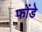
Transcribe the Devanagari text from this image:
फोंडे